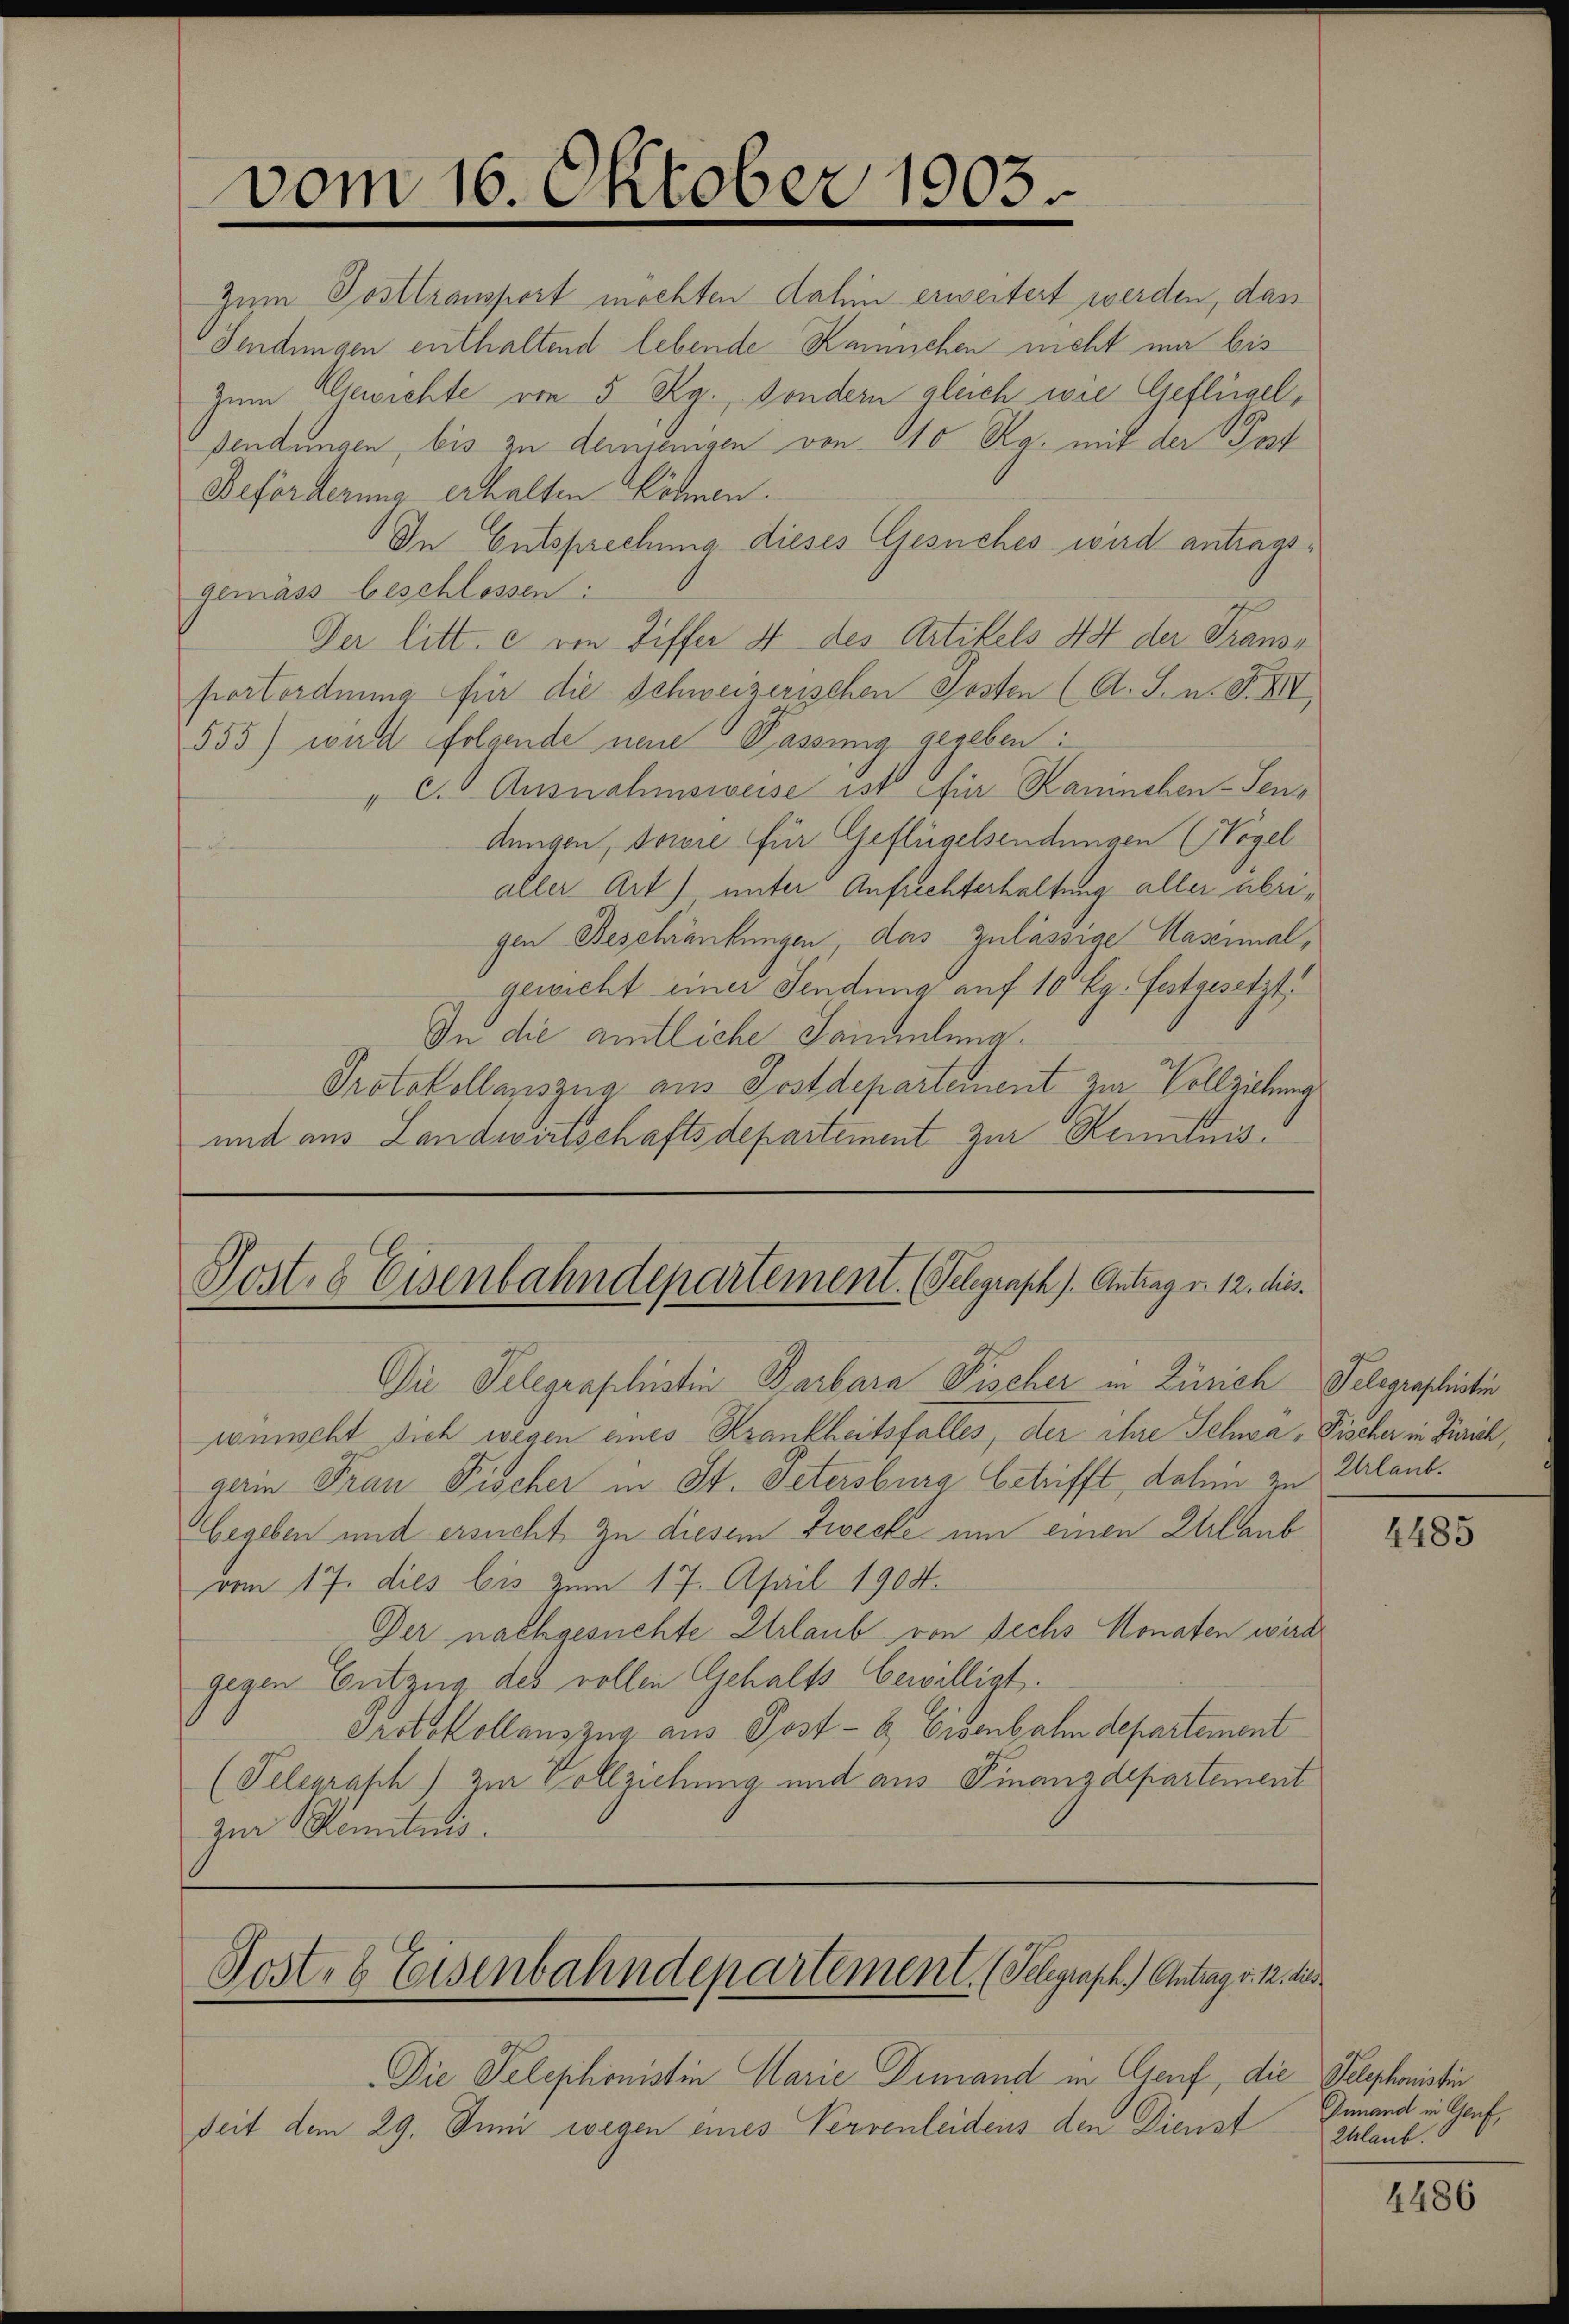
Zum Posttransport möchten dahin erweitert werden, das
Fendungen enthaltend lebende Kamischen nicht mir bis
Zum Gewichte von 5 Ra., sondern gleich wie Geflügel,
sendungen, bis zu demjenigen von 10 Rg. mit der Post
Beförderung erhalten Söhnen.
In Entsprechung dieses Gesuches wird antragsgemäss beschlossen:
Ger litt. c ein Differ 4 des Artikels 43 der Transe
portordnung für die Schweizerischen Posten (A. S. n. F. XII
555) wird folgende neue Passung gegeben:
" c.) Ausnahmsweise ist für Kaninchen-Sendungen, sowie für Geflügelsendungen (Nogel
aller Art) unter Aufrechterhaltung aller abrigen Beschränkungen, das Zulässige Hasenmal,
gewicht einer Sendung auf 10 Eg. festgesetzt,
In die amtliche Sandlung.
Protokollauszug aus Postdepartement zur Vollziehung
und aus Landwirtschaftsdepartement zur Kenntnis

vom 16. Oktober 1905

Post. 8 Eisenbahndepartement. (Telegraph). Antrag v. 12. dies

Die Telegraphistin Barbara Fischer in Zürich Pelegraphistin
wünscht sich wegen eines Krankheitsfalles, der ihre Schwa, Fischer in Zürich,
gerin Frau Fischer in St. Petersburg betrifft, dahin zu Erlaub¬
Gegeben und ersucht zu diesem Zwecke um einen Erlaub
vom 17. dies bis zum 17. April 1904.
Der nachgesuchte Urlaub von sechs Monaten wird
gegen Entzug des vollen Gehalts bewilligt.
Protokollauszug aus Post- & Eisenbahndepartement
(Telegrasch) zur Vollziehung und aus Finanzdepartement
zur Renitaus

Post. b Eisenbahndepartement. (Telegraph.) Antrag v. 12. dies

Die Telephonistin Marie Dimand in Genf, die Telephonistin
Seit dem 29. Juni wegen eines Verrenleidens den Dienst

4485

Inmand in Genf,
Zlaub.

4486